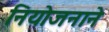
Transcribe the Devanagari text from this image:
नियोजनाने